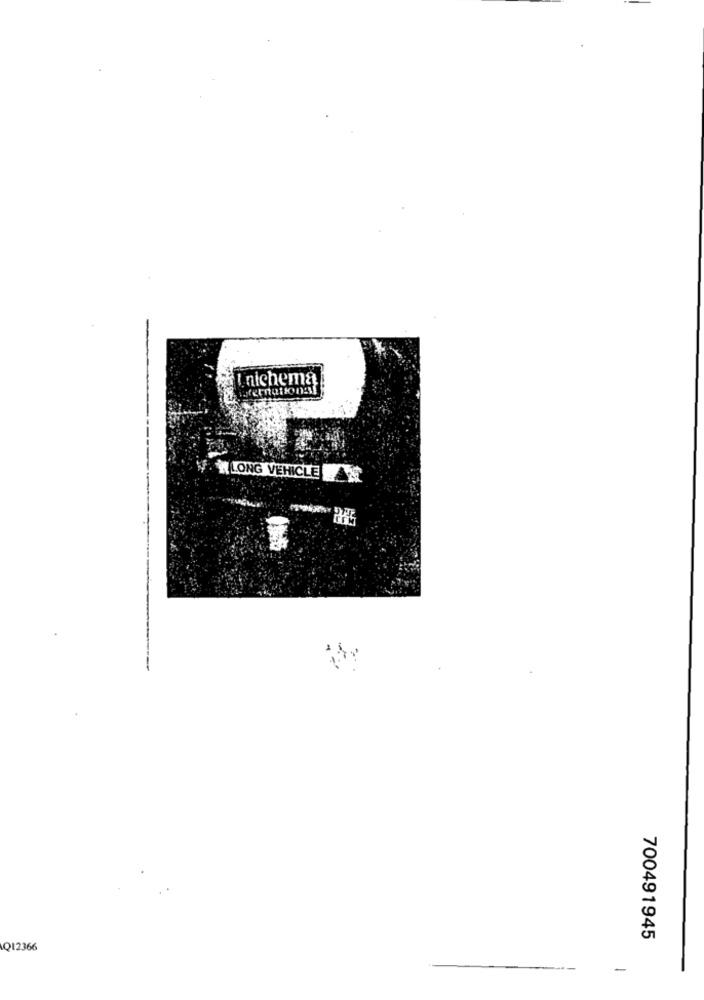
I nichema
M LONG VEHICLEAZ
700491945
Q12366
-